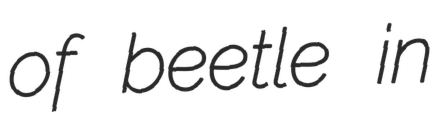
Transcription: of beetle in